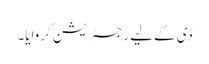
ڈی کے لیے رجسٹریشن کروایا۔